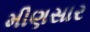
મીણસાર